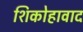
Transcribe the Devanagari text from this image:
शिकोहावाद